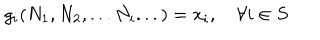
g _ { i } ( N _ { 1 } , N _ { 2 } , . . . N _ { i } . . . ) = x _ { i } , \quad \forall i \in S